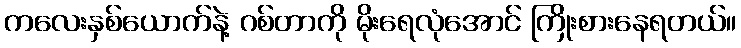
ကလေးနှစ်ယောက်နဲ့ ဂစ်တာကို မိုးရေလုံအောင် ကြိုးစားနေရတယ်။